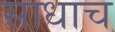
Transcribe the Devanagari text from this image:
साधाच